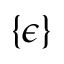
\{ \epsilon \}